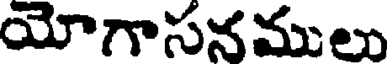
యోగాసనములు